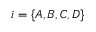
i = \{ A , B , C , D \}